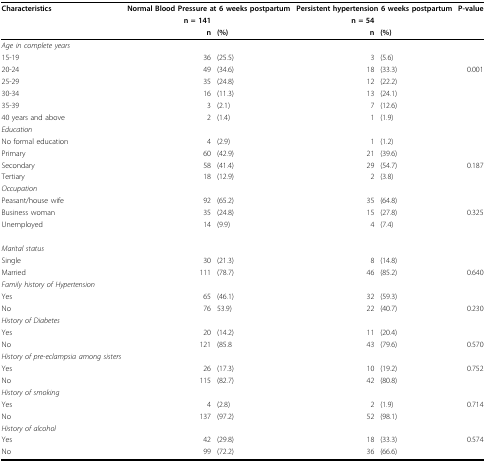
<table><thead><tr><td><b>Characteristics</b></td><td colspan="2"><b>Normal Blood Pressure at 6 weeks postpartum</b></td><td colspan="2"><b>Persistent hypertension 6 weeks postpartum</b></td><td><b>P-value</b></td></tr><tr><td></td><td><b>n = 141</b></td><td></td><td><b>n = 54</b></td><td></td><td></td></tr><tr><td></td><td><b>n</b></td><td><b>(%)</b></td><td><b>n</b></td><td><b>(%)</b></td><td></td></tr></thead><tbody><tr><td><i>Age in complete years</i></td><td></td><td></td><td></td><td></td><td></td></tr><tr><td>15-19</td><td>36</td><td>(25.5)</td><td>3</td><td>(5.6)</td><td></td></tr><tr><td>20-24</td><td>49</td><td>(34.6)</td><td>18</td><td>(33.3)</td><td>0.001</td></tr><tr><td>25-29</td><td>35</td><td>(24.8)</td><td>12</td><td>(22.2)</td><td></td></tr><tr><td>30-34</td><td>16</td><td>(11.3)</td><td>13</td><td>(24.1)</td><td></td></tr><tr><td>35-39</td><td>3</td><td>(2.1)</td><td>7</td><td>(12.6)</td><td></td></tr><tr><td>40 years and above</td><td>2</td><td>(1.4)</td><td>1</td><td>(1.9)</td><td></td></tr><tr><td><i>Education</i></td><td></td><td></td><td></td><td></td><td></td></tr><tr><td>No formal education</td><td>4</td><td>(2.9)</td><td>1</td><td>(1.2)</td><td></td></tr><tr><td>Primary</td><td>60</td><td>(42.9)</td><td>21</td><td>(39.6)</td><td></td></tr><tr><td>Secondary</td><td>58</td><td>(41.4)</td><td>29</td><td>(54.7)</td><td>0.187</td></tr><tr><td>Tertiary</td><td>18</td><td>(12.9)</td><td>2</td><td>(3.8)</td><td></td></tr><tr><td><i>Occupation</i></td><td></td><td></td><td></td><td></td><td></td></tr><tr><td>Peasant/house wife</td><td>92</td><td>(65.2)</td><td>35</td><td>(64.8)</td><td></td></tr><tr><td>Business woman</td><td>35</td><td>(24.8)</td><td>15</td><td>(27.8)</td><td>0.325</td></tr><tr><td>Unemployed</td><td>14</td><td>(9.9)</td><td>4</td><td>(7.4)</td><td></td></tr><tr><td><i>Marital status</i></td><td></td><td></td><td></td><td></td><td></td></tr><tr><td>Single</td><td>30</td><td>(21.3)</td><td>8</td><td>(14.8)</td><td></td></tr><tr><td>Married</td><td>111</td><td>(78.7)</td><td>46</td><td>(85.2)</td><td>0.640</td></tr><tr><td><i>Family history of Hypertension</i></td><td></td><td></td><td></td><td></td><td></td></tr><tr><td>Yes</td><td>65</td><td>(46.1)</td><td>32</td><td>(59.3)</td><td></td></tr><tr><td>No</td><td>76</td><td>53.9)</td><td>22</td><td>(40.7)</td><td>0.230</td></tr><tr><td><i>History of Diabetes</i></td><td></td><td></td><td></td><td></td><td></td></tr><tr><td>Yes</td><td>20</td><td>(14.2)</td><td>11</td><td>(20.4)</td><td></td></tr><tr><td>No</td><td>121</td><td>(85.8</td><td>43</td><td>(79.6)</td><td>0.570</td></tr><tr><td><i>History of pre-eclampsia among sisters</i></td><td></td><td></td><td></td><td></td><td></td></tr><tr><td>Yes</td><td>26</td><td>(17.3)</td><td>10</td><td>(19.2)</td><td>0.752</td></tr><tr><td>No</td><td>115</td><td>(82.7)</td><td>42</td><td>(80.8)</td><td></td></tr><tr><td><i>History of smoking</i></td><td></td><td></td><td></td><td></td><td></td></tr><tr><td>Yes</td><td>4</td><td>(2.8)</td><td>2</td><td>(1.9)</td><td>0.714</td></tr><tr><td>No</td><td>137</td><td>(97.2)</td><td>52</td><td>(98.1)</td><td></td></tr><tr><td><i>History of alcohol</i></td><td></td><td></td><td></td><td></td><td></td></tr><tr><td>Yes</td><td>42</td><td>(29.8)</td><td>18</td><td>(33.3)</td><td>0.574</td></tr><tr><td>No</td><td>99</td><td>(72.2)</td><td>36</td><td>(66.6)</td><td></td></tr></tbody></table>